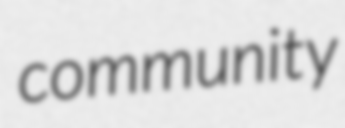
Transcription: community